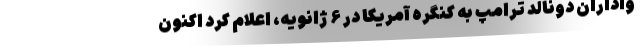
واداران دونالد ترامپ به کنگره آمریکا در ۶ ژانویه، اعلام کرد اکنون